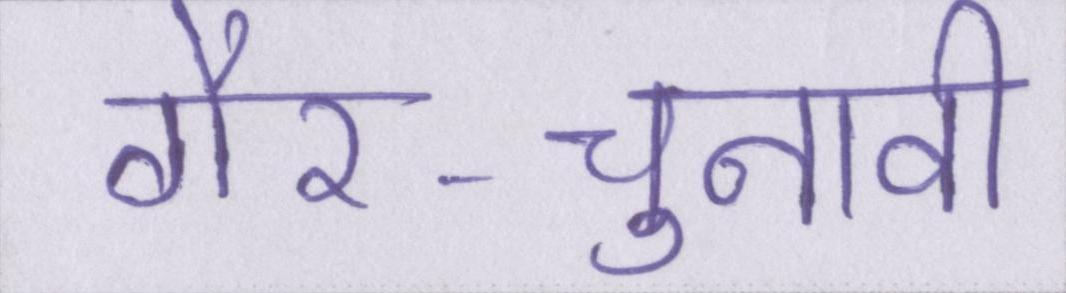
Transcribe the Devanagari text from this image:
गैर-चुनावी